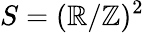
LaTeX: S=(\mathbb{R}/\mathbb{Z})^{2}